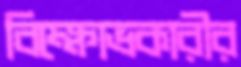
বিক্ষোভকারীর